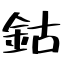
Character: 鈷